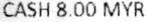
CASH 8.00 MYR